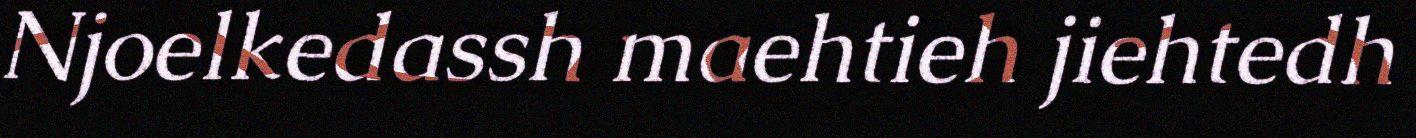
Njoelkedassh maehtieh jiehtedh